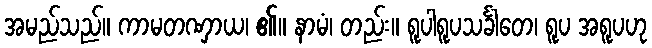
အမည်သည်။ ကာမတဏှာယ၊ ၏။ နာမံ၊ တည်း။ ရူပါရူပသင်္ခါတေ၊ ရူပ အရူပဟု